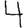
Digit: 4